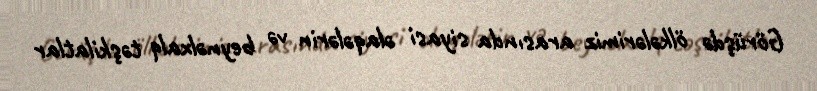
Görüşdə ölkələrimiz arasında siyasi əlaqələrin və beynəlxalq təşkilatlar